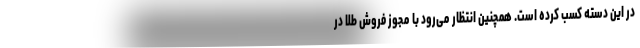
در این دسته کسب کرده است. همچنین انتظار می‌رود با مجوز فروش طلا در